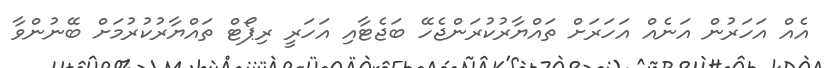
އެއް އަހަރުން އަނެއް އަހަރަށް ތައްޔާރުކުރަންޖެހޭ ބަޖެޓާއި އަހަރީ ރިޕޯޓް ތައްޔާރުކުރުމަށް ބޭނުންވާ